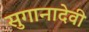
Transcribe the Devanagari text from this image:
सुगानादेवी